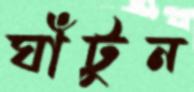
ঘাঁটুন